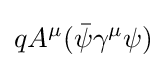
qA^{\mu }({\bar {\psi }}\gamma ^{\mu }\psi )